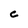
Character: C